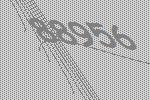
88956